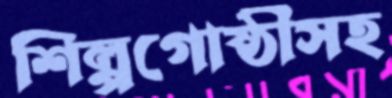
শিল্পগোষ্ঠীসহ